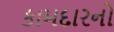
કામદારનો